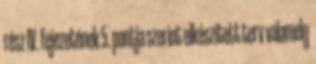
rész IV. fejezetének 5. pontja szerint elkészített terv valamely